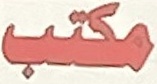
مكتب